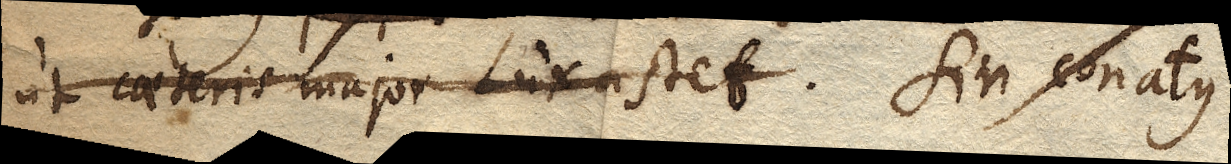
ut caeteris major Lux astet. Sin conatus